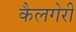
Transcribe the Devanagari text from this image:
कैलगेरी